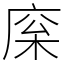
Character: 庺